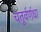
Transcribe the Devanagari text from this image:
चतुर्वर्णधा